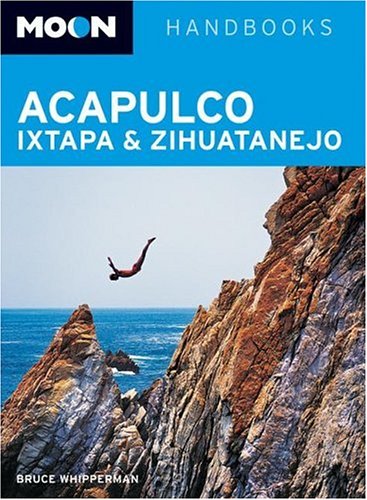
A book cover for Moon Acapulco, Ixtapa, and Zihuatanejo (Moon Handbooks); Bruce Whipperman; Travel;